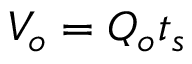
V _ { o } = Q _ { o } t _ { s }